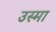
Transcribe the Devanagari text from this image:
उस्मा